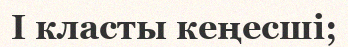
I класты кеңесші;